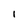
Character: l